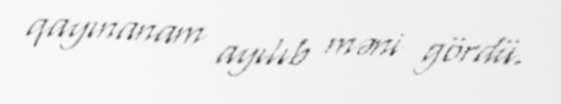
qayınanam ayılıb məni gördü.